Indian journal of veterinary science and animal husbandry - Volume 7,
Year: 1937
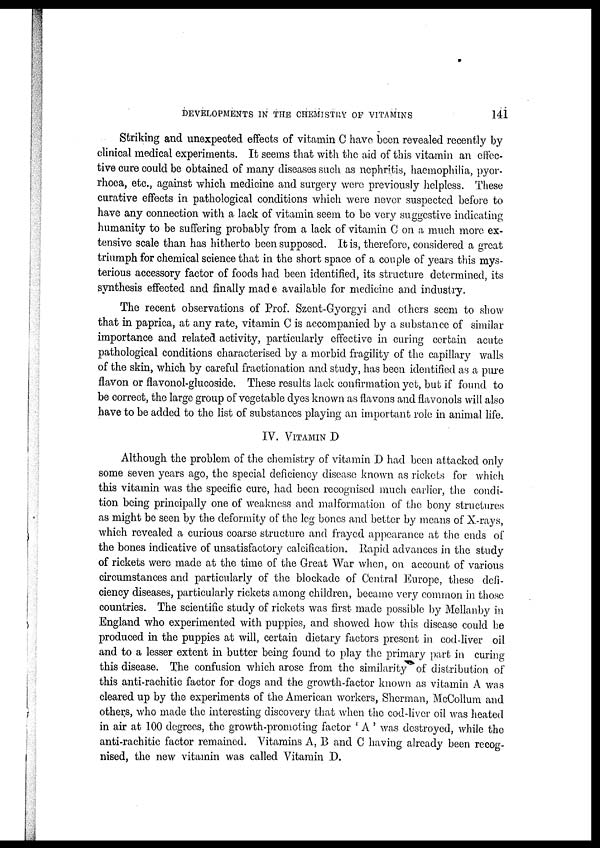
DEVELOPMENTS IN THE CHEMISTRY OF VITAMINS
141
Striking and unexpected effects of vitamin C have been revealed recently by
clinical medical experiments. It seems that with the aid of this vitamin an effec-
tive cure could be obtained of many diseases such as nephritis, haemophilia, pyor-
rhoea, etc., against which medicine and surgery were previously helpless. These
curative effects in pathological conditions which were never suspected before to
have any connection with a lack of vitamin seem to be very suggestive indicating
humanity to be suffering probably from a lack of vitamin C on a much more ex-
tensive scale than has hitherto been supposed. It is, therefore, considered a great
triumph for chemical science that in the short space of a couple of years this mys-
terious accessory factor of foods had been identified, its structure determined, its
synthesis effected and finally mad e available for medicine and industry.
The recent observations of Prof. Szent-Gyorgyi and others seem to show
that in paprica, at any rate, vitamin C is accompanied by a substance of similar
importance and related activity, particularly effective in curing certain acute
pathological conditions characterised by a morbid fragility of the capillary walls
of the skin, which by careful fractionation and study, has been identified as a pure
flavon or flavonol-glucoside. These results lack confirmation yet, but if found to
be correct, the large group of vegetable dyes known as flavons and flavonols will also
have to be added to the list of substances playing an important role in animal life.
IV. VITAMIN D
Although the problem of the chemistry of vitamin D had been attacked only
some seven years ago, the special deficiency disease known as rickets for which
this vitamin was the specific cure, had been recognised much earlier, the condi-
tion being principally one of weakness and malformation of the bony structures
as might be seen by the deformity of the leg bones and better by means of X-rays,
which revealed a curious coarse structure and frayed appearance at the ends of
the bones indicative of unsatisfactory calcification. Rapid advances in the study
of rickets were made at the time of the Great War when, on account of various
circumstances and particularly of the blockade of Central Europe, these defi-
ciency diseases, particularly rickets among children, became very common in those
countries. The scientific study of rickets was first made possible by Mellanby in
England who experimented with puppies, and showed how this disease could be
produced in the puppies at will, certain dietary factors present in cod-liver oil
and to a lesser extent in butter being found to play the primary part in curing
this disease. The confusion which arose from the similarity of distribution of
this anti-rachitic factor for dogs and the growth-factor known as vitamin A was
cleared up by the experiments of the American workers, Sherman, McCollum and
others, who made the interesting discovery that when the cod-liver oil was heated
in air at 100 degrees, the growth-promoting factor ' A ' was destroyed, while the
anti-rachitic factor remained. Vitamins A, B and C having already been recog-
nised, the new vitamin was called Vitamin D.